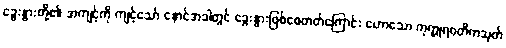
ခွေးနွားတို့၏ အကျင့်ကို ကျင့်သော် နောင်အခါတွင် ခွေးနွားဖြစ်စေတတ်ကြောင်း ဟောသော ကုက္ကုရဝတိကသုတ်